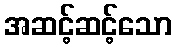
အဆင့်ဆင့်သော